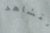
لتشاهد